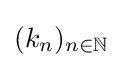
(k_{n})_{n\in \mathbb {N} }